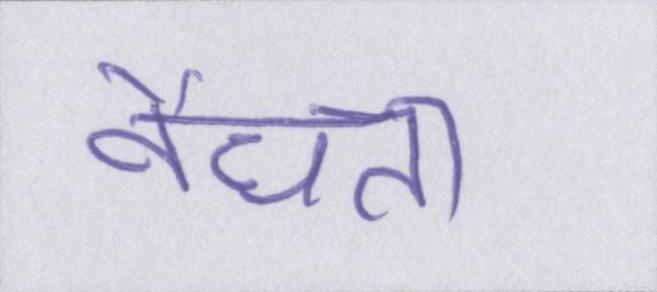
वैधता